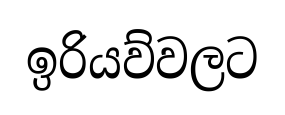
ඉරියව්වලට